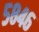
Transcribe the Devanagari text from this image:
५८४६